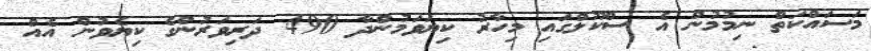
މަސައްކަތް ނިމުމުން އެ ސްކޫލްގައި މިހާރު ކިޔަވަމުންދާ 490 ދަރިވަރުންގެ ކިޔެވުން އެއް